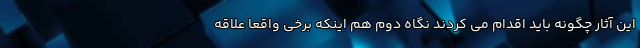
این آثار چگونه باید اقدام می کردند نگاه دوم هم اینکه برخی واقعا علاقه